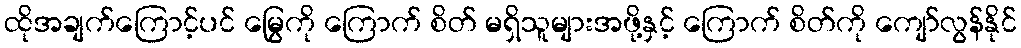
ထိုအချက်ကြောင့်ပင် မြွေကို ကြောက် စိတ် မရှိသူများအဖို့နှင့် ကြောက် စိတ်ကို ကျော်လွန်နိုင်